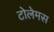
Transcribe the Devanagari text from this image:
टोलेमस